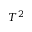
T ^ { 2 }